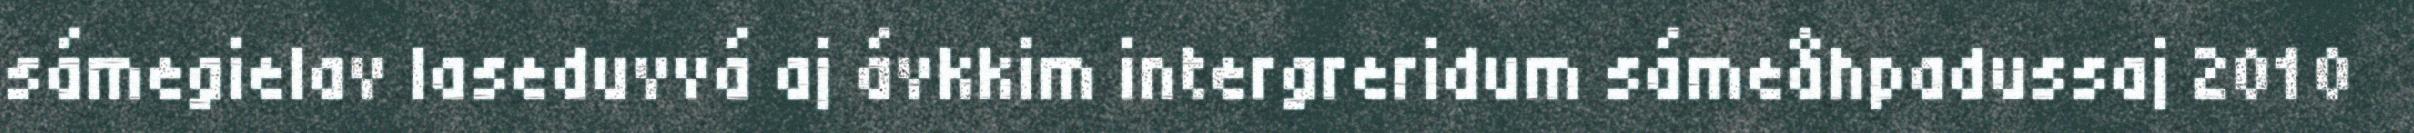
sámegielav laseduvvá aj ávkkim intergreridum sámeåhpadussaj 2010